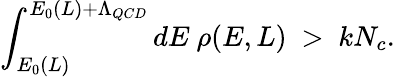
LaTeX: \int_{E_{0}(L)}^{E_{0}(L)+\Lambda_{QCD}}dE~\rho(E,L)~>~kN_{c}.